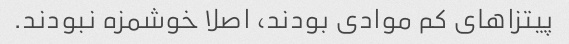
پیتزاهای کم موادی بودند، اصلا خوشمزه نبودند.